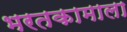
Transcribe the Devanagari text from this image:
भरतकामाला